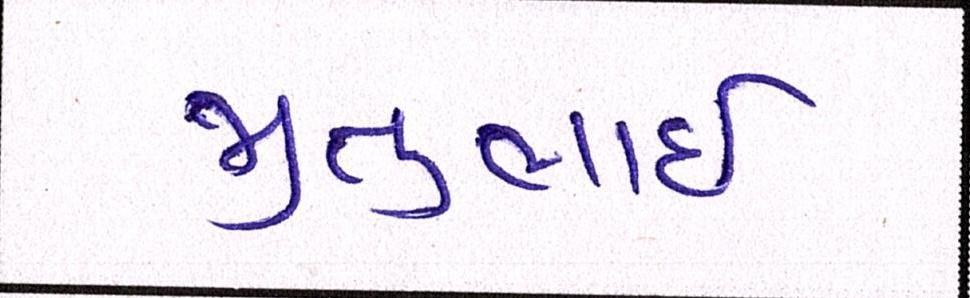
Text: જીતુભાઈ